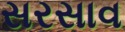
સરસાવ